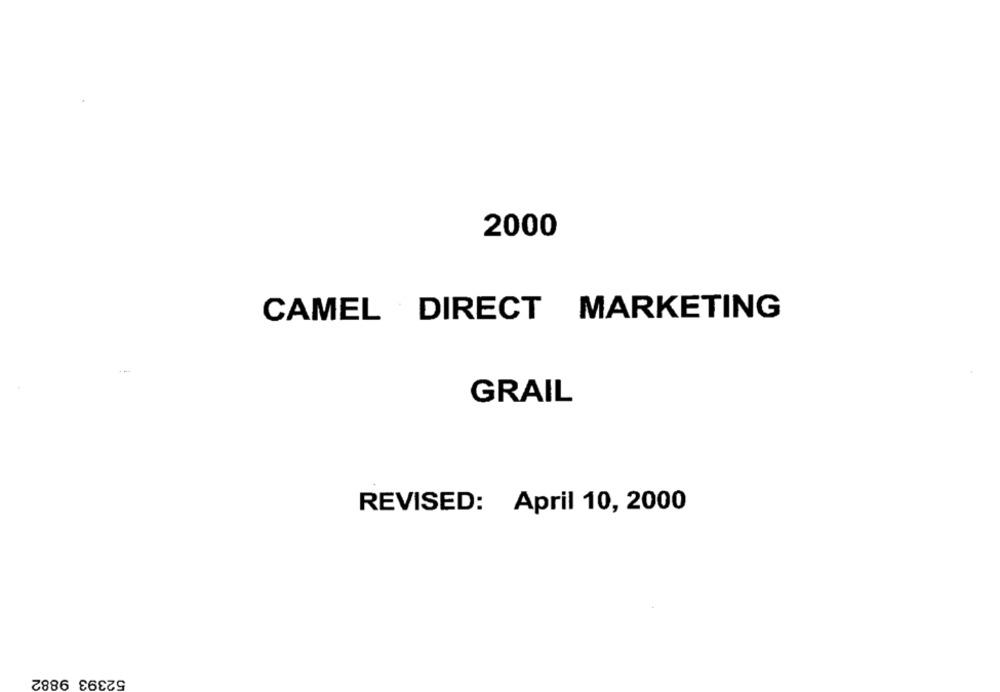
2000
CAMEL DIRECT MARKETING
GRAIL
REVISED: April 10, 2000
52393 9882